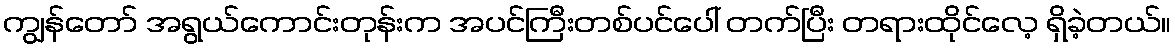
ကျွန်တော် အရွယ်ကောင်းတုန်းက အပင်ကြီးတစ်ပင်ပေါ် တက်ပြီး တရားထိုင်လေ့ ရှိခဲ့တယ်။